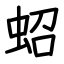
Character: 蛁